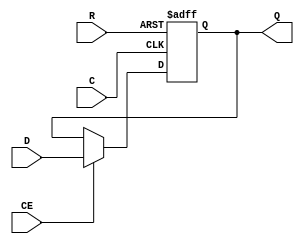
module fdre_cosim(
    output wire Q,
    input wire R,
    input wire C,
    input wire CE,
    input wire D
);

    reg inner_Q;
    // force the asic synthesis tool to infer an async, active-low reset FF
    always @(posedge C or posedge R) begin
        if(R) begin
            inner_Q <= 0;
        end else begin
            if(CE) begin
                inner_Q <= D;
            end else begin
                inner_Q <= Q;
            end
        end
    end
    assign Q = inner_Q;

endmodule